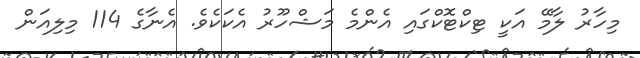
މިހާރު ލާމޭ އަކީ ޓިކްޓޮކްގައި އެންމެ މަޝްހޫރު އެކަކެވެ. އެނާގެ 114 މިލިއަން